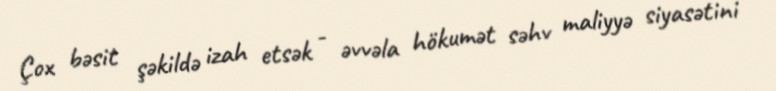
Çox bəsit şəkildə izah etsək - əvvəla hökumət səhv maliyyə siyasətini